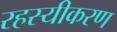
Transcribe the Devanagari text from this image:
रहस्यीकरण